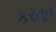
કરતૂત